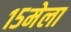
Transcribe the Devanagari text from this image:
१५मेला